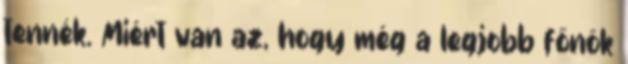
tennék. Miért van az, hogy még a legjobb főnök